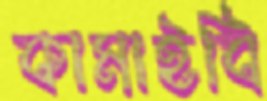
কামাইবি